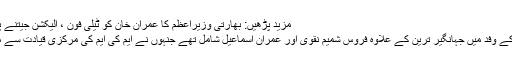
مزید پڑھیں: بھارتی وزیراعظم کا عمران خان کو ٹیلی فون ، الیکشن جیتنے پر مبارکباد
پی ٹی آئی کے وفد میں جہانگیر ترین کے علاوہ فروس شمیم نقوی اور عمران اسماعیل شامل تھے جنہوں نے ایم کی ایم کی مرکزی قیادت سے ملاقات کی۔